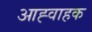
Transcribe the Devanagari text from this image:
आह्वाहक